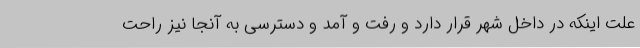
علت اینکه در داخل شهر قرار دارد و رفت و آمد و دسترسی به آنجا نیز راحت